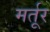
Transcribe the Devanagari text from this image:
मर्तूर